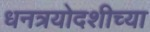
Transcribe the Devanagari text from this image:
धनत्रयोदशीच्या